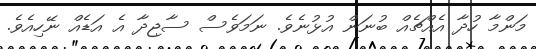
މަންމާ ހުދާ އެއްޗެއް ބުނަން އުޅުނެވެ. ނަމަވެސް ސާޖިދާ އެ އަޑެއް ނޭހިއެވެ.